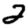
Digit: 2